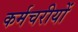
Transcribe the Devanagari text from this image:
कर्मचरीयों